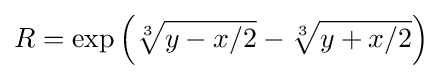
R=\exp \left({\sqrt[{3}]{y-x/2}}-{\sqrt[{3}]{y+x/2}}\right)